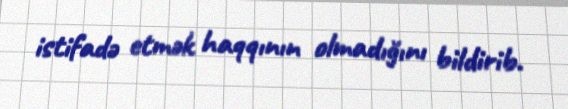
istifadə etmək haqqının olmadığını bildirib.